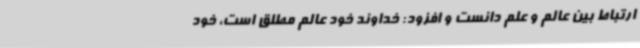
ارتباط بین عالم و علم دانست و افزود: خداوند خود عالم مطلق است، خود